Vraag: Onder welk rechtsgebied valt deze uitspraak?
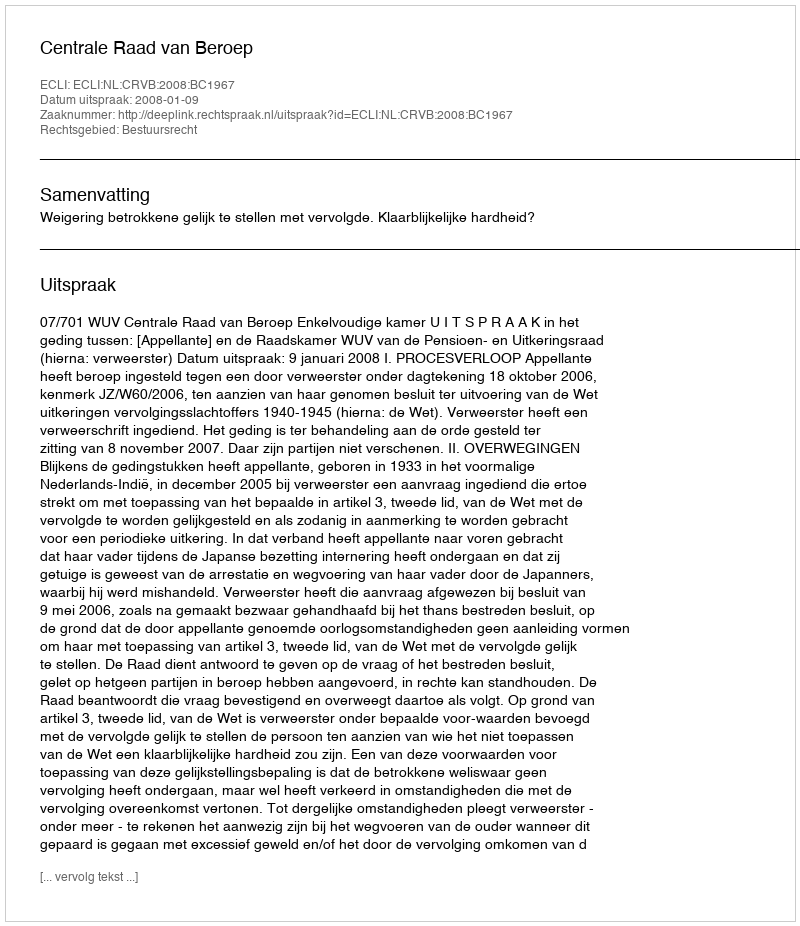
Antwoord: Bestuursrecht